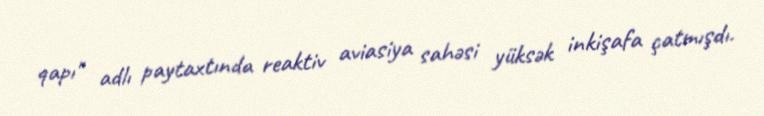
qapı" adlı paytaxtında reaktiv aviasiya sahəsi yüksək inkişafa çatmışdı.